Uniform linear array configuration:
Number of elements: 16
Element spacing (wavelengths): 0.25
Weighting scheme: kaiser
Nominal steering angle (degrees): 15
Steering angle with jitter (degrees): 15.727
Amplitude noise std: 0.05
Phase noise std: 0.05

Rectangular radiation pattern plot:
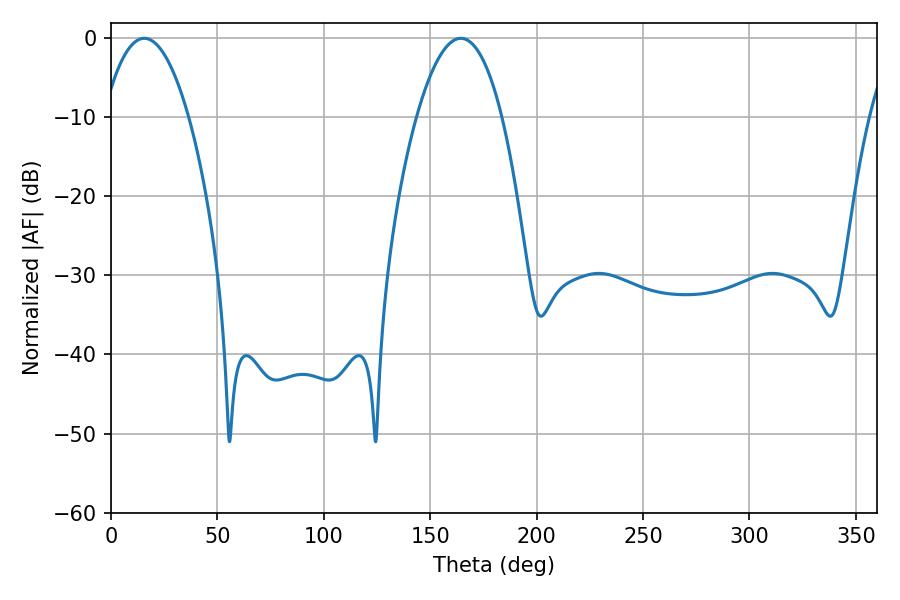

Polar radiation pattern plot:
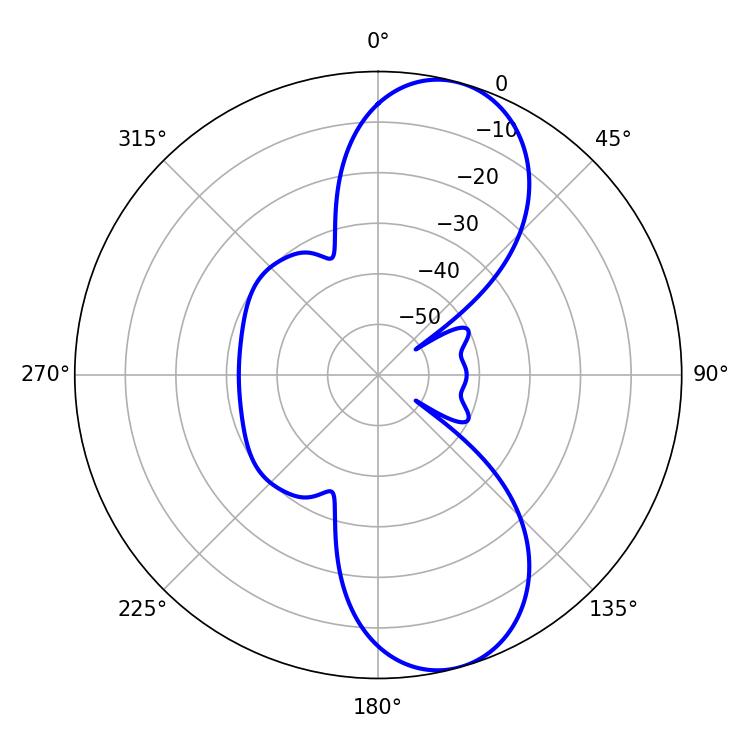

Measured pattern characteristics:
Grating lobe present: FALSE
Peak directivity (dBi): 9.498
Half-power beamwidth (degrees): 22.14
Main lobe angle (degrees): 15.66